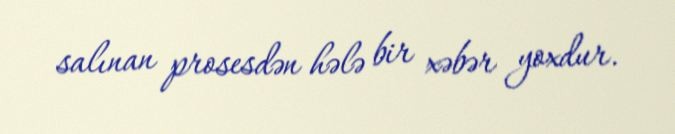
salınan prosesdən hələ bir xəbər yoxdur.